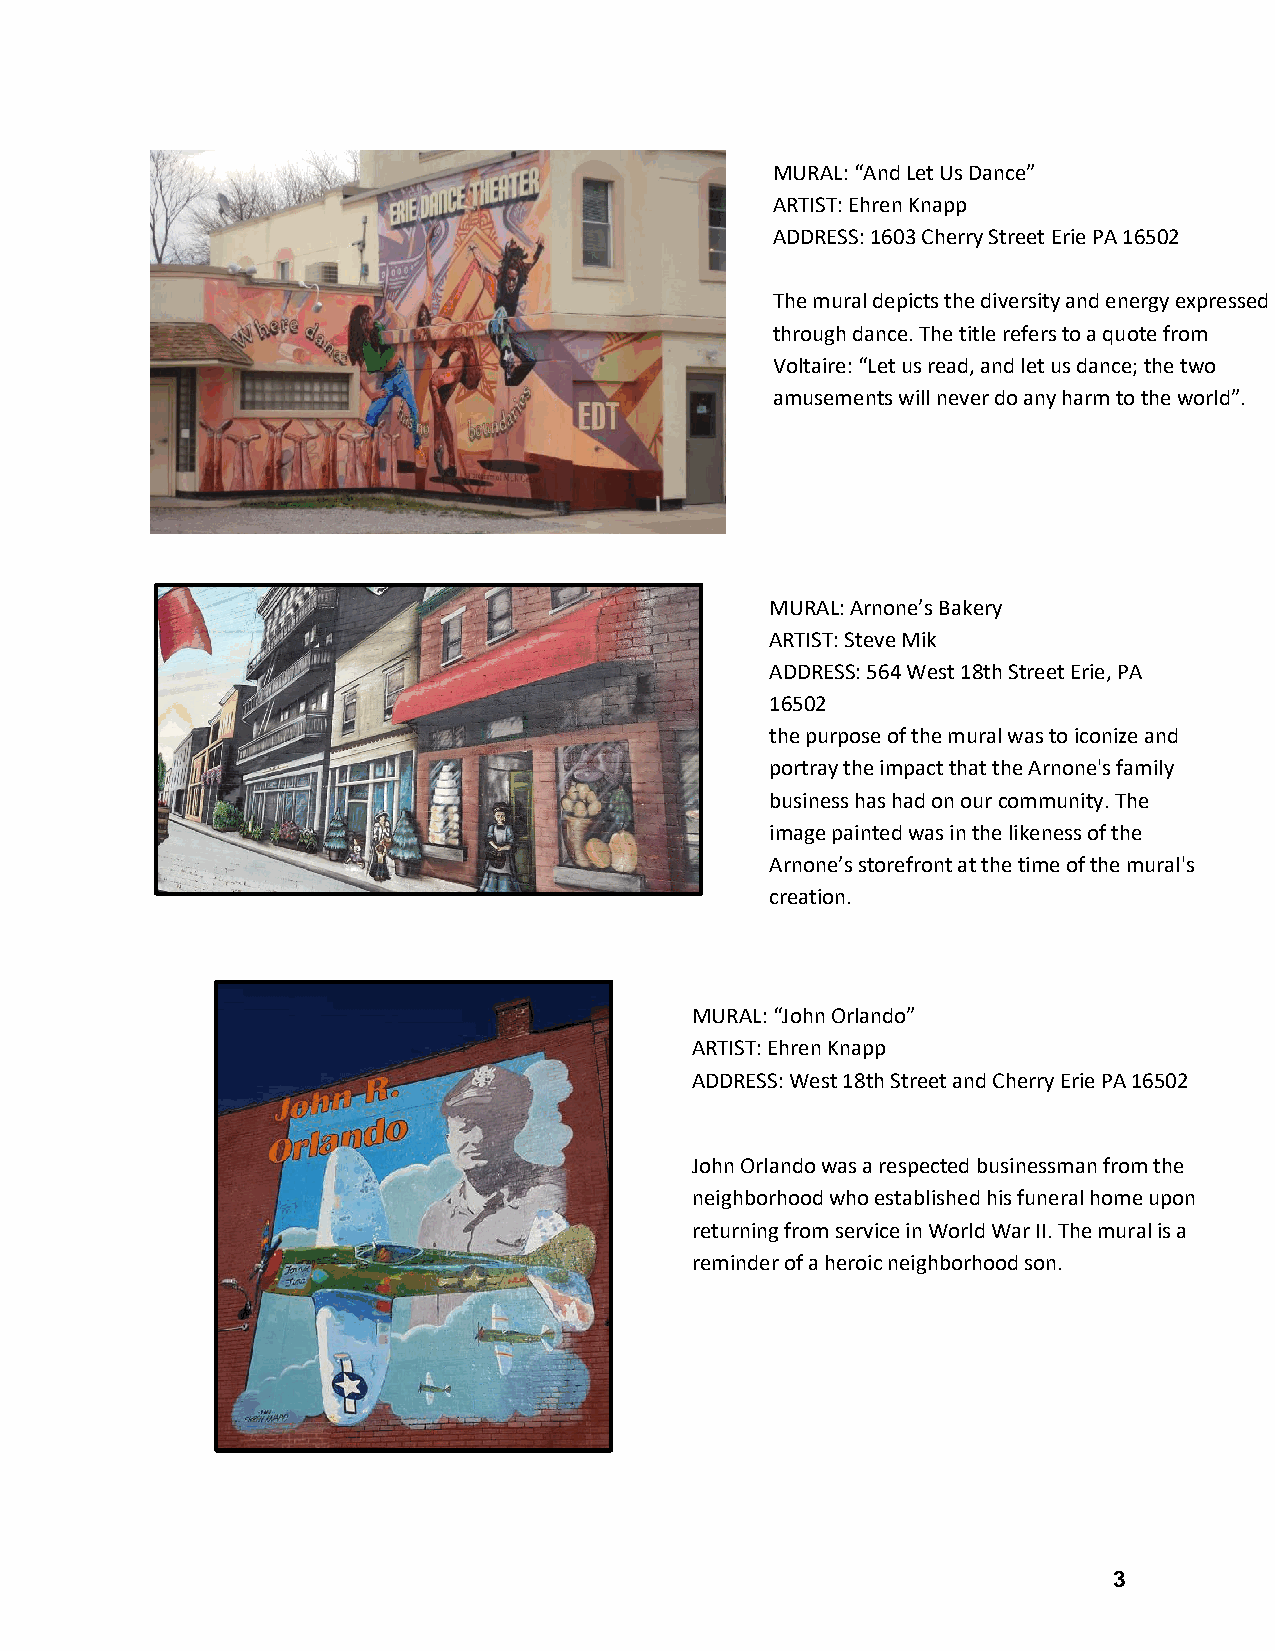
MURAL: “And Let Us Dance”
 ARTIST: Ehren Knapp
 ADDRESS: 1603 Cherry Street Erie PA 16502
 The mural depicts the diversity and energy expressed
 through dance. The title refer s to a quote from
 Voltaire: “Let us read, and let us dance; the two
 amusements will never do any harm to the world”.
 MURAL: Arnone’s Bakery
 ARTIST: Steve Mik
 ADDRESS: 564 West 18th Street Erie, PA
 16502
 the purpose of the mural was to iconize and
 portray the impact that the Arnone's family
 business has had on our community. The
 image painted was in the likeness of the
 Arnone’s storefront at the time of the mural's
 creation.
 MURAL: “John Orlando”
 ARTIST: Ehren Knapp
 ADDRESS: West 18th Street and Cherry Erie PA 16502
 John Orlando was a respected businessman from the
 neighborhood who established his funeral home upon
 returning from service in World War II. The mural is a
 reminder of a heroic neighborhood son.
 3